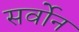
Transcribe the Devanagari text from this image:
सर्वोन